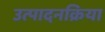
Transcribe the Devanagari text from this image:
उत्पादनक्रिया